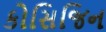
કોસિજિન